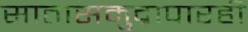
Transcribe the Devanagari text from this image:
सातासमुद्रापारही